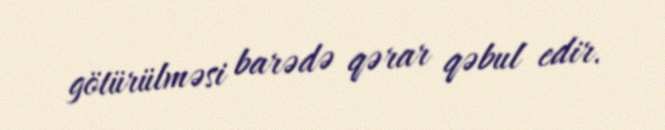
götürülməsi barədə qərar qəbul edir.